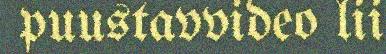
puustavvideo lii